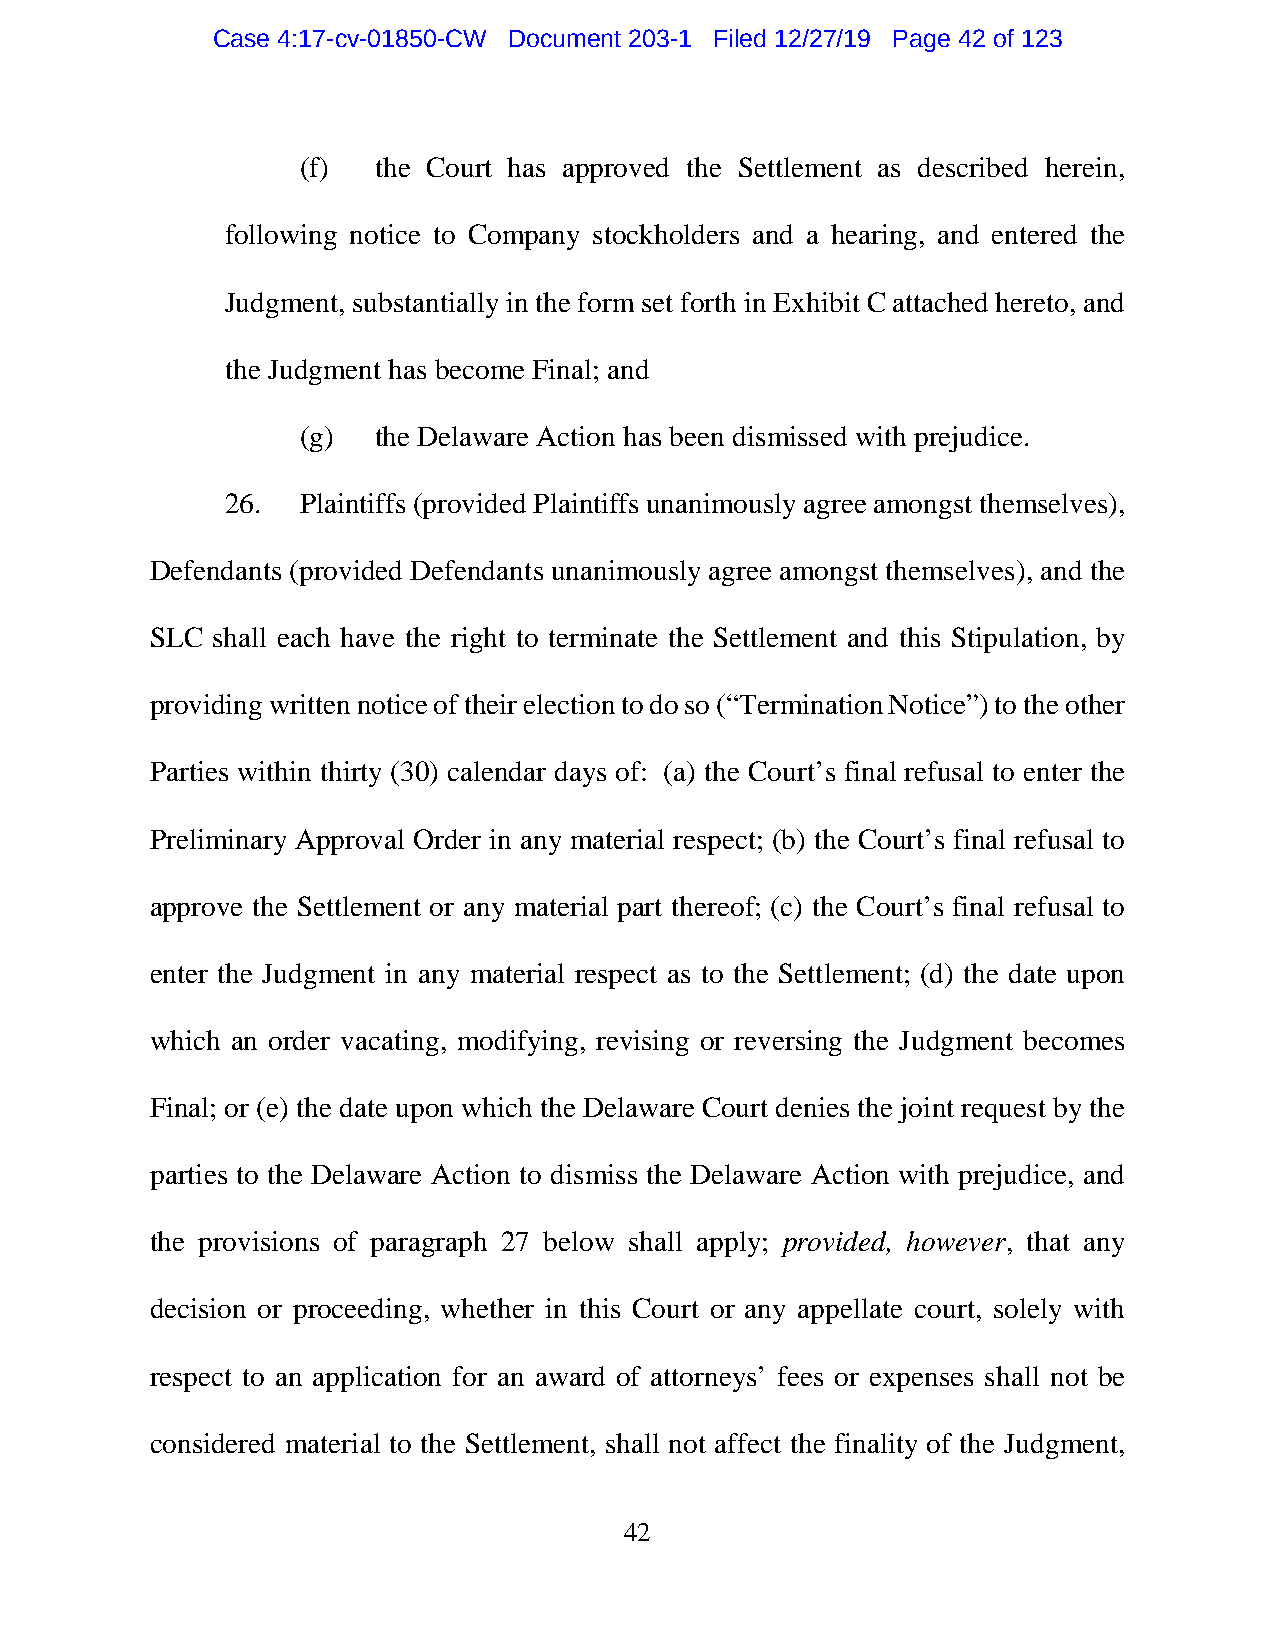
Case 4:17-cv-01850-CW Document 203-1 Filed 12/27/19 Page 42 of 123
 (f)  the Court has approved the Settlement as described herein,
 following notice to Company stockholders and a hearing, and entered the
 Judgment, substantially in the form set forth in Exhibit C attached hereto, and
 the Judgment has become Final; and
 (g)  the Delaware Action has been dismissed with prejudice.
 26.  Plaintiffs (provided Plaintiffs unanimously agree amongst themselves),
 Defendants (provided Defendants unanimously agree amongst themselves), and the
 SLC shall each have the right to terminate the Settlement and this Stipulation, by
 providing written notice of their election to do so (“Termination Notice”) to the other
 Parties within thirty (30) calendar days of: (a) the Court’s final refusal to enter the
 Preliminary Approval Order in any material respect; (b) the Court’s final refusal to
 approve the Settlement or any material part thereof; (c) the Court’s final refusal to
 enter the Judgment in any material respect as to the Settlement; (d) the date upon
 which an order vacating, modifying, revising or reversing the Judgment becomes
 Final; or (e) the date upon which the Delaware Court denies the joint request by the
 parties to the Delaware Action to dismiss the Delaware Action with prejudice, and
 the provisions of paragraph 27 below shall apply; provided, however, that any
 decision or proceeding, whether in this Court or any appellate court, solely with
 respect to an application for an award of attorneys’ fees or expenses shall not be
 considered material to the Settlement, shall not affect the finality of the Judgment,
 42